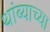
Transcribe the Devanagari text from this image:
थांब्याच्या